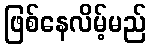
ဖြစ်နေလိမ့်မည်